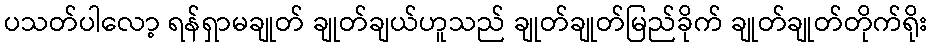
ပသတ်ပါလော့ ရန်ရှာမချုတ် ချုတ်ချယ်ဟူသည် ချုတ်ချုတ်မြည်ခိုက် ချုတ်ချုတ်တိုက်ရိုး